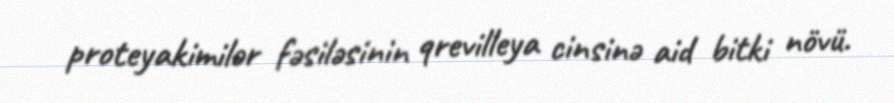
proteyakimilər fəsiləsinin qrevilleya cinsinə aid bitki növü.